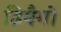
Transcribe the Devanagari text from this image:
डियैगो